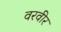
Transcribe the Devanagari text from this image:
वरवीर